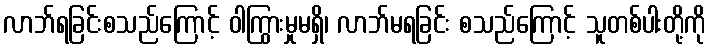
လာဘ်ရခြင်းစသည်ကြောင့် ဝါကြွားမှုမရှိ၊ လာဘ်မရခြင်း စသည်ကြောင့် သူတစ်ပါးတို့ကို